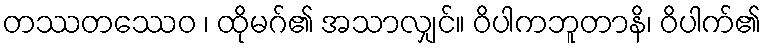
တဿတဿေဝ ၊ ထိုမဂ်၏ အသာလျှင်။ ဝိပါကဘူတာနိ၊ ဝိပါက်၏